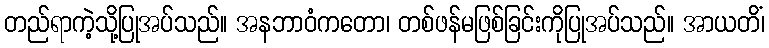
တည်ရာကဲ့သို့ပြုအပ်သည်။ အနဘာဝံကတော၊ တစ်ဖန်မဖြစ်ခြင်းကိုပြုအပ်သည်။ အာယတိံ၊